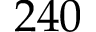
2 4 0